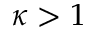
\kappa > 1